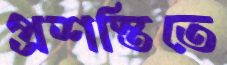
প্রশস্তিতে